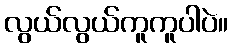
လွယ်လွယ်ကူကူပါပဲ။